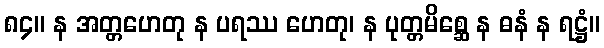
၈၄။ န အတ္တဟေတု န ပရဿ ဟေတု၊ န ပုတ္တမိစ္ဆေ န ဓနံ န ရဋ္ဌံ။